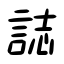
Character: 誌